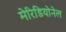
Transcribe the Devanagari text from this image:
मेरिडियोनेल